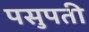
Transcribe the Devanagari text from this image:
पसुपती